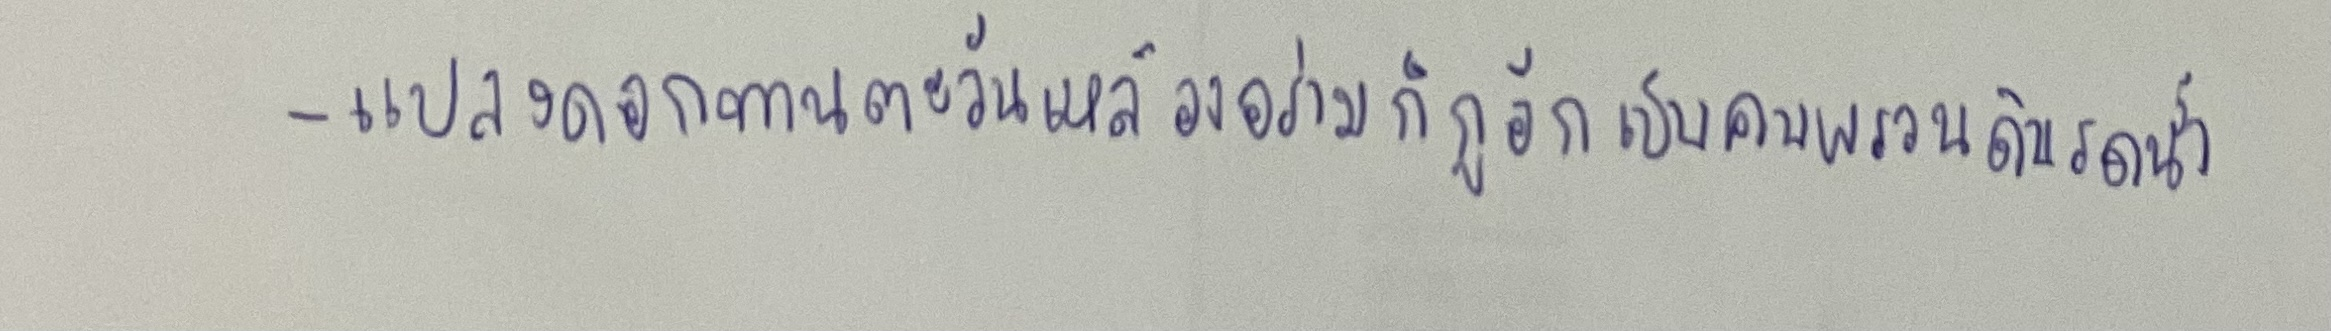
-แปลงดอกทานตะวันเหลืองอร่ามก็กูอีกเป็นคนพรวนดินรดน้ำ.